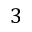
3